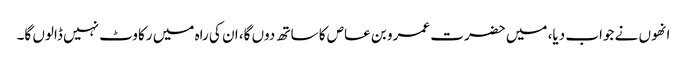
انھوں نے جواب دیا، میں حضرت عمرو بن عاص کا ساتھ دوں گا، ان کی راہ میں رکاوٹ نہیں ڈالوں گا۔